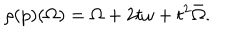
\rho ( p ) ( \Omega ) = \Omega + 2 t \omega + t ^ { 2 } \bar { \Omega } .